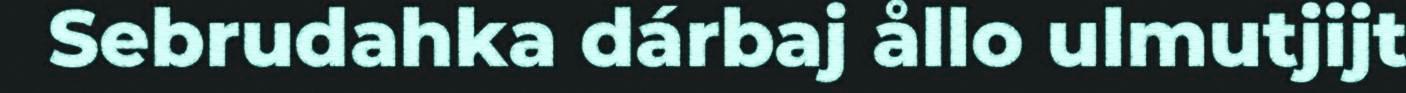
Sebrudahka dárbaj ållo ulmutjijt